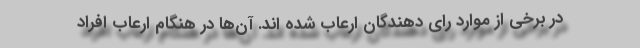
در برخی از موارد رای دهندگان ارعاب شده اند. آن‌ها در هنگام ارعاب افراد